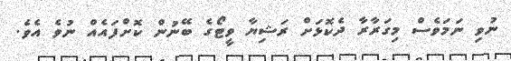
ނުވި ނަމަވެސް މިގަރާރާ ދެކޮޅަށް ރަޝިޔާ ވީޓޯގެ ބޭނުން ކޮށްފައެއް ނުވެ އެވެ.